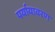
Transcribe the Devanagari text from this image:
पर्यायावरण